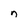
Character: n